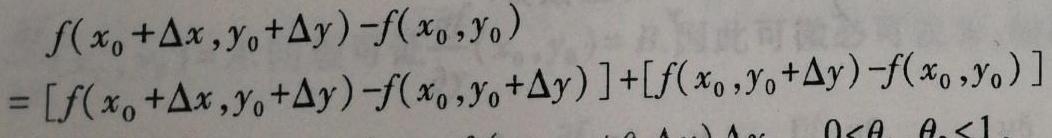
\[
\begin{align*}
&f(x_0+\Delta x,y_0+\Delta y)-f(x_0,y_0)\\
=&[f(x_0+\Delta x,y_0+\Delta y)-f(x_0,y_0+\Delta y)]+[f(x_0,y_0+\Delta y)-f(x_0,y_0)]
\end{align*}
\]